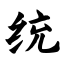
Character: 统